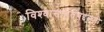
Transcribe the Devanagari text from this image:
विश्‍वासार्हतेबद्दलही